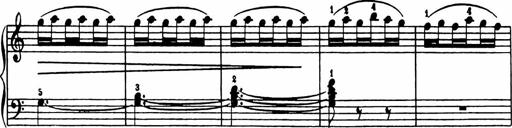
Title: Analytical Sonatinas
Composer: Frank Lynes